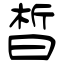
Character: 晳